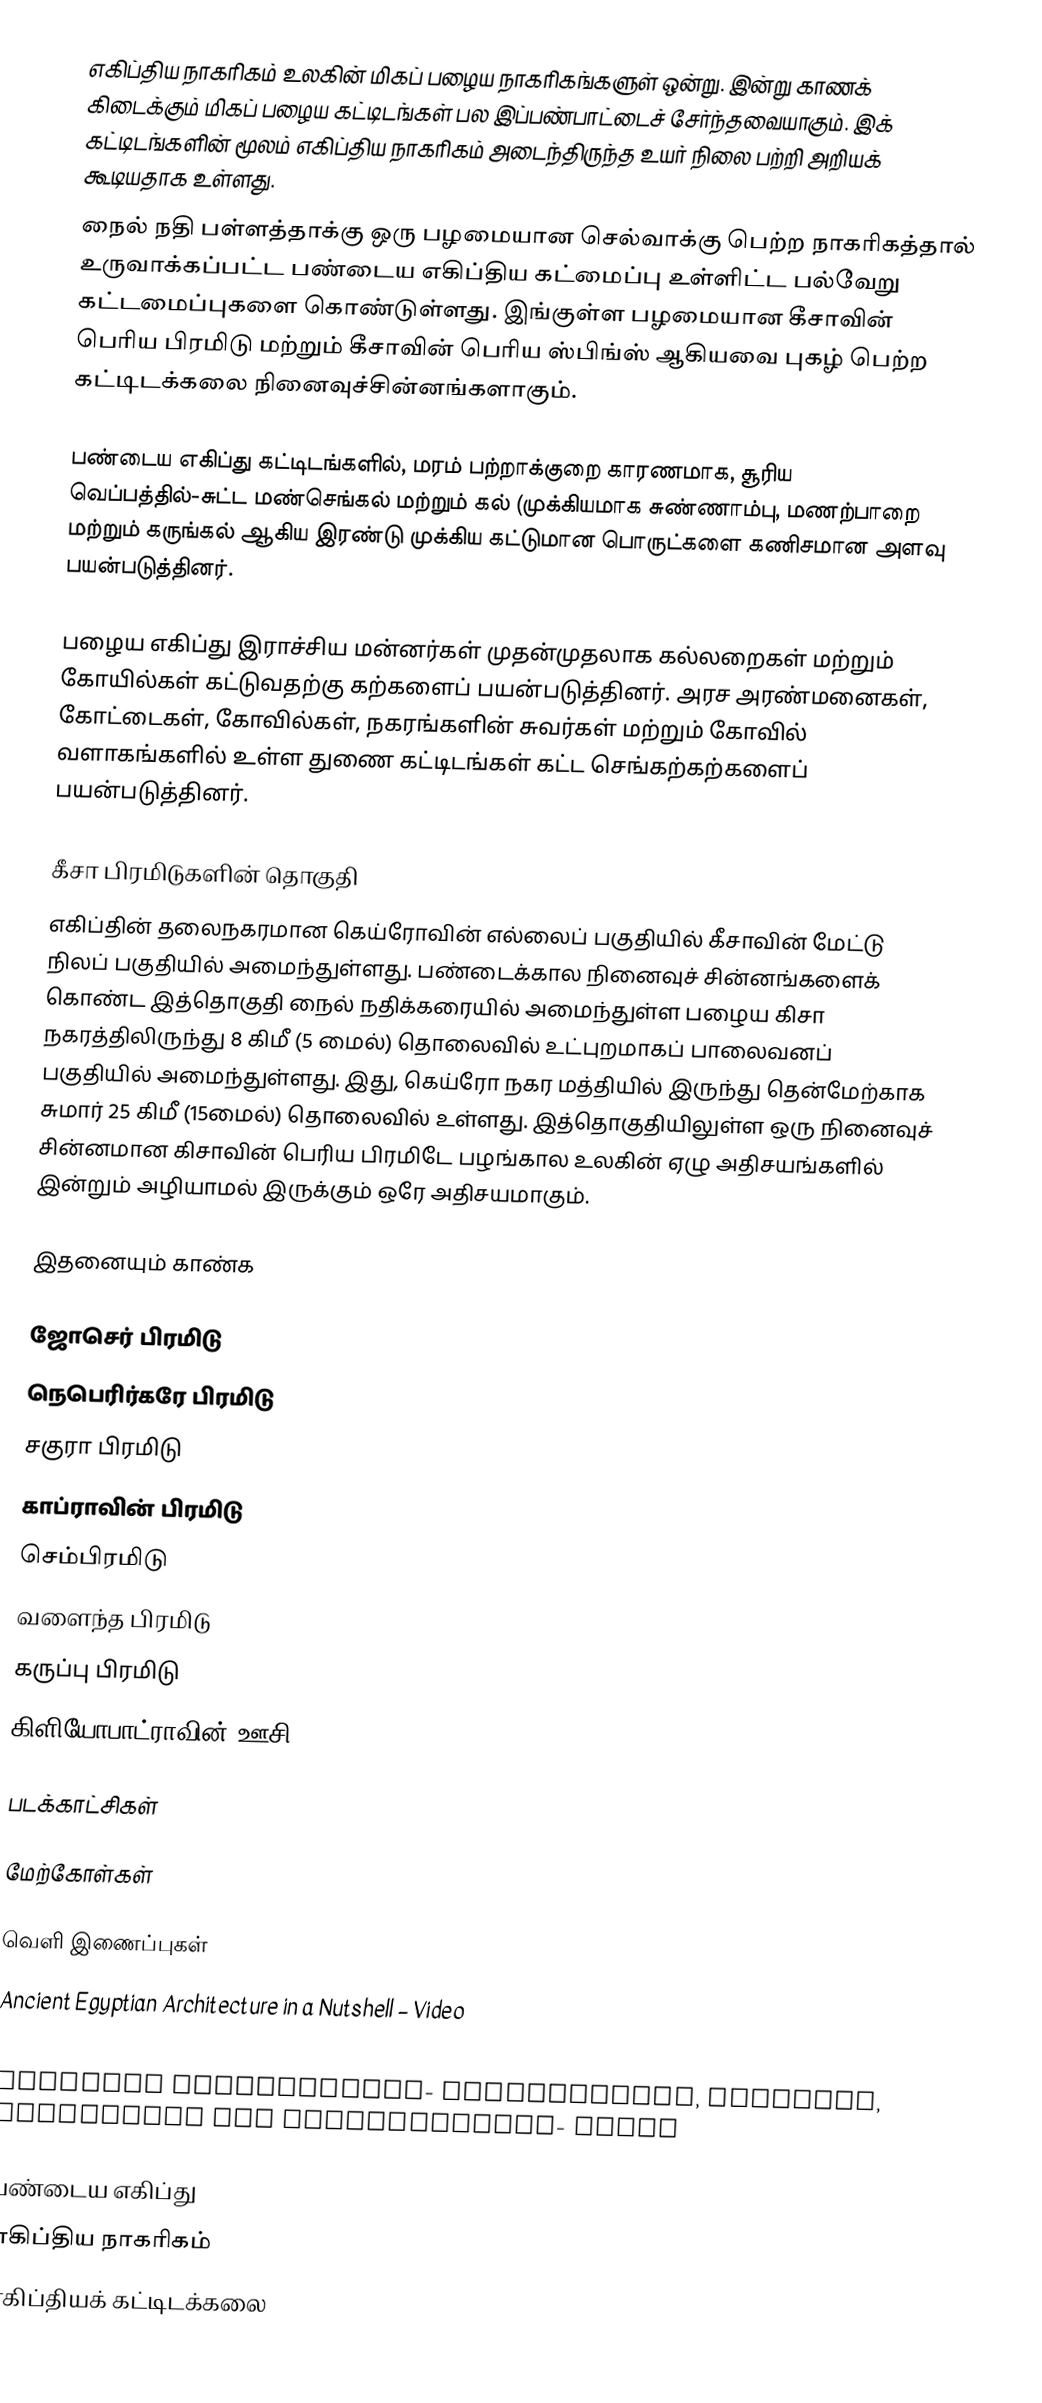
எகிப்திய நாகரிகம் உலகின் மிகப் பழைய நாகரிகங்களுள் ஒன்று. இன்று காணக் கிடைக்கும் மிகப் பழைய கட்டிடங்கள் பல இப்பண்பாட்டைச் சேர்ந்தவையாகும். இக் கட்டிடங்களின் மூலம் எகிப்திய நாகரிகம் அடைந்திருந்த உயர் நிலை பற்றி அறியக் கூடியதாக உள்ளது.
நைல் நதி பள்ளத்தாக்கு ஒரு பழமையான செல்வாக்கு பெற்ற நாகரிகத்தால் உருவாக்கப்பட்ட பண்டைய எகிப்திய கட்மைப்பு உள்ளிட்ட பல்வேறு கட்டமைப்புகளை  கொண்டுள்ளது. இங்குள்ள பழமையான கீசாவின் பெரிய பிரமிடு மற்றும் கீசாவின் பெரிய ஸ்பிங்ஸ் ஆகியவை புகழ் பெற்ற கட்டிடக்கலை  நினைவுச்சின்னங்களாகும்.

பண்டைய எகிப்து கட்டிடங்களில், மரம் பற்றாக்குறை காரணமாக,   சூரிய வெப்பத்தில்-சுட்ட மண்செங்கல் மற்றும் கல் (முக்கியமாக சுண்ணாம்பு, மணற்பாறை மற்றும்  கருங்கல்  ஆகிய இரண்டு முக்கிய கட்டுமான பொருட்களை கணிசமான அளவு பயன்படுத்தினர்.

பழைய எகிப்து இராச்சிய மன்னர்கள் முதன்முதலாக கல்லறைகள் மற்றும் கோயில்கள் கட்டுவதற்கு கற்களைப் பயன்படுத்தினர். அரச அரண்மனைகள், கோட்டைகள், கோவில்கள், நகரங்களின்  சுவர்கள் மற்றும் கோவில் வளாகங்களில் உள்ள துணை கட்டிடங்கள் கட்ட  செங்கற்கற்களைப் பயன்படுத்தினர்.

கீசா பிரமிடுகளின் தொகுதி
எகிப்தின் தலைநகரமான கெய்ரோவின் எல்லைப் பகுதியில் கீசாவின் மேட்டு நிலப் பகுதியில் அமைந்துள்ளது. பண்டைக்கால நினைவுச் சின்னங்களைக் கொண்ட இத்தொகுதி நைல் நதிக்கரையில் அமைந்துள்ள பழைய கிசா நகரத்திலிருந்து 8 கிமீ (5 மைல்) தொலைவில் உட்புறமாகப் பாலைவனப் பகுதியில் அமைந்துள்ளது. இது, கெய்ரோ நகர மத்தியில் இருந்து தென்மேற்காக சுமார் 25 கிமீ (15மைல்) தொலைவில் உள்ளது. இத்தொகுதியிலுள்ள ஒரு நினைவுச் சின்னமான கிசாவின் பெரிய பிரமிடே பழங்கால உலகின் ஏழு அதிசயங்களில் இன்றும் அழியாமல் இருக்கும் ஒரே அதிசயமாகும்.

இதனையும் காண்க

 ஜோசெர் பிரமிடு
 நெபெரிர்கரே பிரமிடு
 சகுரா பிரமிடு
 காப்ராவின் பிரமிடு
 செம்பிரமிடு
 வளைந்த பிரமிடு
 கருப்பு பிரமிடு
 கிளியோபாட்ராவின் ஊசி

படக்காட்சிகள்

மேற்கோள்கள்

வெளி இணைப்புகள்
 Ancient Egyptian Architecture in a Nutshell – Video
   The History of Ancient Egypt's Architecture – Video
  Egyptian Civilisation- Architecture, Religion, Government and Contributions- Video

பண்டைய எகிப்து
எகிப்திய நாகரிகம்
எகிப்தியக் கட்டிடக்கலை